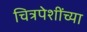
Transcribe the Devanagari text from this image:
चित्रपेशींच्या